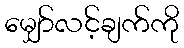
မျှော်လင့်ချက်ကို